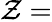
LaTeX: \mathcal{Z}=